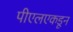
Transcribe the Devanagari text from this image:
पीएलएकडून